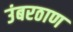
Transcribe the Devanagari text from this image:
उंबरठाण